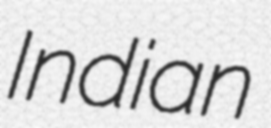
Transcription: Indian